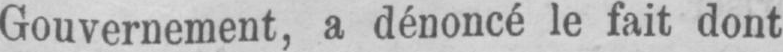
Gouvernement, a dénoncé le fait dont